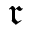
\mathfrak { r }